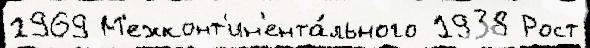
1969 М'ежконт'ин'ента́льного 1938 Рост